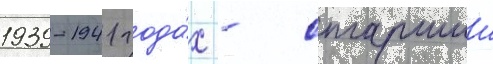
1939-1941 года́х - старшии